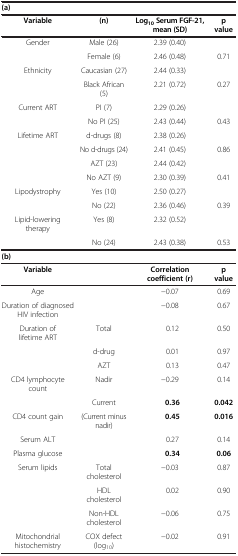
<table><thead><tr><td colspan="4"><b>(a)</b></td></tr><tr><td><b>Variable</b></td><td><b>(n)</b></td><td><b>Log<sub>10</sub>Serum FGF-21, mean (SD)</b></td><td><b>p value</b></td></tr></thead><tbody><tr><td>Gender</td><td>Male (26)</td><td>2.39 (0.40)</td><td> </td></tr><tr><td> </td><td>Female (6)</td><td>2.46 (0.48)</td><td>0.71</td></tr><tr><td>Ethnicity</td><td>Caucasian (27)</td><td>2.44 (0.33)</td><td> </td></tr><tr><td> </td><td>Black African (5)</td><td>2.21 (0.72)</td><td>0.27</td></tr><tr><td>Current ART</td><td>PI (7)</td><td>2.29 (0.26)</td><td> </td></tr><tr><td> </td><td>No PI (25)</td><td>2.43 (0.44)</td><td>0.43</td></tr><tr><td>Lifetime ART</td><td>d-drugs (8)</td><td>2.38 (0.26)</td><td> </td></tr><tr><td> </td><td>No d-drugs (24)</td><td>2.41 (0.45)</td><td>0.86</td></tr><tr><td> </td><td>AZT (23)</td><td>2.44 (0.42)</td><td> </td></tr><tr><td> </td><td>No AZT (9)</td><td>2.30 (0.39)</td><td>0.41</td></tr><tr><td>Lipodystrophy</td><td>Yes (10)</td><td>2.50 (0.27)</td><td> </td></tr><tr><td> </td><td>No (22)</td><td>2.36 (0.46)</td><td>0.39</td></tr><tr><td>Lipid-lowering therapy</td><td>Yes (8)</td><td>2.32 (0.52)</td><td> </td></tr><tr><td> </td><td>No (24)</td><td>2.43 (0.38)</td><td>0.53</td></tr><tr><td colspan="4"><b>(b)</b></td></tr><tr><td><b>Variable</b></td><td> </td><td><b>Correlation coefficient (r)</b></td><td><b>p value</b></td></tr><tr><td>Age</td><td> </td><td>−0.07</td><td>0.69</td></tr><tr><td>Duration of diagnosed HIV infection</td><td> </td><td>−0.08</td><td>0.67</td></tr><tr><td>Duration of lifetime ART</td><td>Total</td><td>0.12</td><td>0.50</td></tr><tr><td> </td><td>d-drug</td><td>0.01</td><td>0.97</td></tr><tr><td> </td><td>AZT</td><td>0.13</td><td>0.47</td></tr><tr><td>CD4 lymphocyte count</td><td>Nadir</td><td>−0.29</td><td>0.14</td></tr><tr><td> </td><td>Current</td><td><b>0.36</b></td><td><b>0.042</b></td></tr><tr><td>CD4 count gain</td><td>(Current minus nadir)</td><td><b>0.45</b></td><td><b>0.016</b></td></tr><tr><td>Serum ALT</td><td> </td><td>0.27</td><td>0.14</td></tr><tr><td>Plasma glucose</td><td> </td><td><b>0.34</b></td><td><b>0.06</b></td></tr><tr><td>Serum lipids</td><td>Total cholesterol</td><td>−0.03</td><td>0.87</td></tr><tr><td> </td><td>HDL cholesterol</td><td>0.02</td><td>0.90</td></tr><tr><td> </td><td>Non-HDL cholesterol</td><td>−0.06</td><td>0.75</td></tr><tr><td>Mitochondrial histochemistry</td><td>COX defect (log<sub>10</sub>)</td><td>−0.02</td><td>0.91</td></tr></tbody></table>